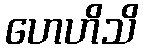
ဟေဟိသိ